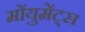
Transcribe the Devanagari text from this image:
मोंयुमेंट्स